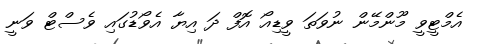
އެމްޓީވީ މޫންމޭން ނުވަތަ ވީޑިއޯ އޮފް ދަ އިޔާ އެވޯޑުގައި ވެސްޓް ވަނީ